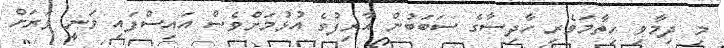
މި ދިމާވި ހިތާމަވެރި ހާދިސާގެ ސަބަބުން އާރިފުގެ އުޅުމަށްވެސް އައިސްފައި ވަނީ ވަރަށް